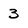
Character: 3